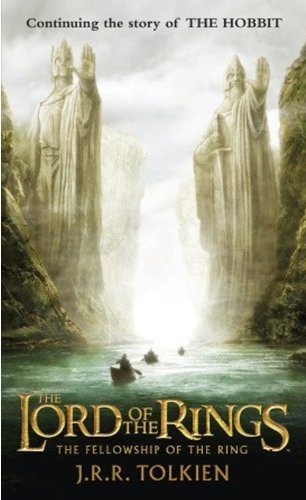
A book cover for The Fellowship Of The Ring (Turtleback School & Library Binding Edition) (Lord of the Rings); J.R.R. Tolkien; Teen & Young Adult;